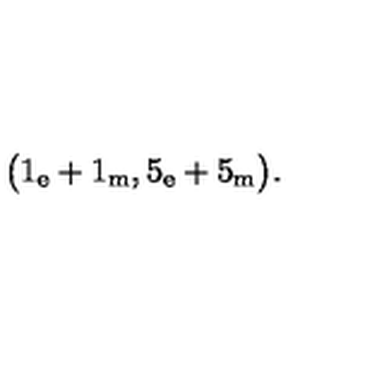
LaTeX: \bigl ( 1 _ { \mathrm { e } } + 1 _ { \mathrm { m } } , 5 _ { \mathrm { e } } + 5 _ { \mathrm { m } } \bigr ) .